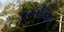
ટરપૌલિન